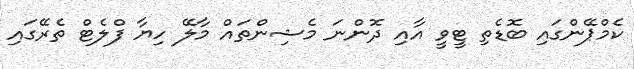
ކެމްޕޭންގައި ބޮޑެތި ޓީވީ އާއި ދޮންނަ މެޝިންތައް މާލޭ ހިޔާ ފްލެޓް ތެރޭގައި